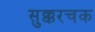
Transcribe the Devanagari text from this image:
सुक्करचक